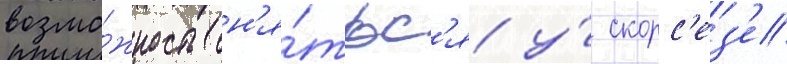
возмо́жность сн'я́тьс'я у́ скорс'ез'е